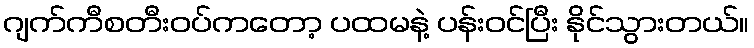
ဂျက်ကီစတီးဝပ်ကတော့ ပထမနဲ့ ပန်းဝင်ပြီး နိုင်သွားတယ်။